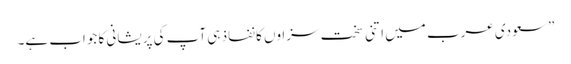
” سعودی عرب میں اتنی سخت سزاوں کا نفاذ ہی آپ کی پریشانی کا جواب ہے۔